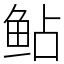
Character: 鲇